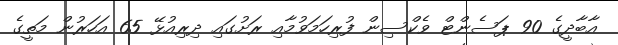
އާބާދީގެ 90 ޕަސެންޓް ވެކްސިން ފުރިހަމަވުމާއި ރަށުގައި ދިރިއުޅޭ 65 އަހަރުން މަތީގެ